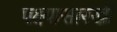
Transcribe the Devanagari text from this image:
पक्ष्यासारखी